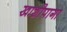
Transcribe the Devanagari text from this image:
खाशीपागा